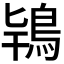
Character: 𮬰